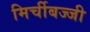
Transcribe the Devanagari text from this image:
मिर्चीबज्जी